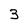
Character: 3